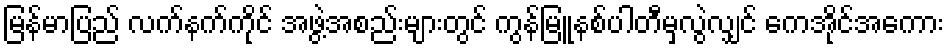
မြန်မာပြည် လက်နက်ကိုင် အဖွဲ့အစည်းများတွင် ကွန်မြူနစ်ပါတီမှလွဲလျှင် ကေအိုင်အေကား